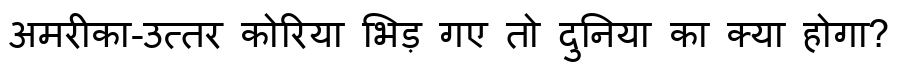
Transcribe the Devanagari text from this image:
अमरीका-उत्तर कोरिया भिड़ गए तो दुनिया का क्या होगा?